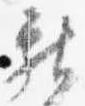
献